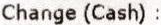
CHANGE (CASH) :